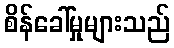
စိန်ခေါ်မှုများသည်